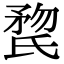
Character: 𣱏